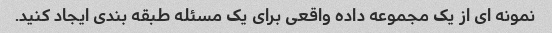
نمونه ای از یک مجموعه داده واقعی برای یک مسئله طبقه بندی ایجاد کنید.